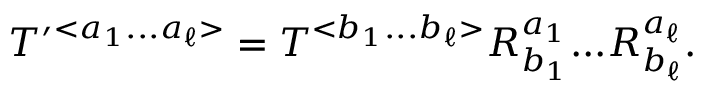
\begin{array} { r } { { \cal T } ^ { \prime } { } ^ { < a _ { 1 } . . . a _ { \ell } > } = { \cal T } ^ { < b _ { 1 } . . . b _ { \ell } > } R _ { b _ { 1 } } ^ { a _ { 1 } } . . . R _ { b _ { \ell } } ^ { a _ { \ell } } . } \end{array}